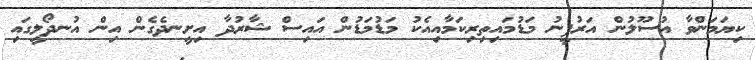
ކިޔަމަންވާ އުސޫލުން އަރުފީނު މަޑުމައިތިރިކަމާއިއެކު މަޑުމަޑުން އައިސް ޝާރުދާ އިށީނދެގެން އިން އުނދޯލީގައި